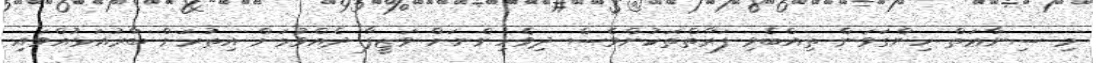
މި ޞިނާޢަތް ހިންގަވަން ތިއްބެވި ފަރާތްތަކުންވެސް ދިވެހިންނަށް ވަޒީފާ ދެއްވުމަށް އިތުރަށް ބާރުއަޅުއްވައި